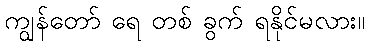
ကျွန်တော် ရေ တစ် ခွက် ရနိုင်မလား။